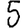
Digit: 5